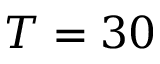
T = 3 0